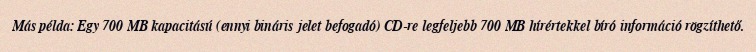
Más példa: Egy 700 MB kapacitású (ennyi bináris jelet befogadó) CD-re legfeljebb 700 MB hírértekkel bíró információ rögzíthető.